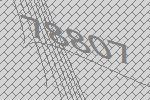
78807